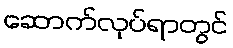
ဆောက်လုပ်ရာတွင်